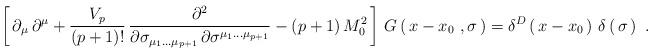
LaTeX: \begin{align*}\left[\, \partial_\mu\, \partial^\mu + {V_p\over (p+1)!}\,{\partial^2\over \partial\sigma_{\mu_1\dots\mu_{p+1}}\, \partial\sigma^{\mu_1\dots\mu_{p+1}}} - (p+1)\, M_0^2\, \right]\, G\left(\, x-x_0\ , \sigma\, \right)= \delta^D\left(\, x-x_0\, \right)\,\delta\left(\, \sigma\, \right)\ .\end{align*}